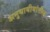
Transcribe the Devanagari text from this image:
अनुयायीयांतील